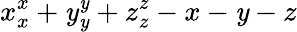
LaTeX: x_{x}^{x}+\mathit{y}_{\mathit{y}}^{\mathit{y}}+z_{z}^{z}-x-\mathit{y}-z